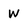
Character: w